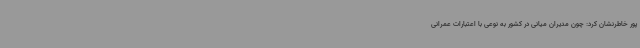
پور خاطرنشان کرد: چون مدیران میانی در کشور به نوعی با اعتبارات عمرانی